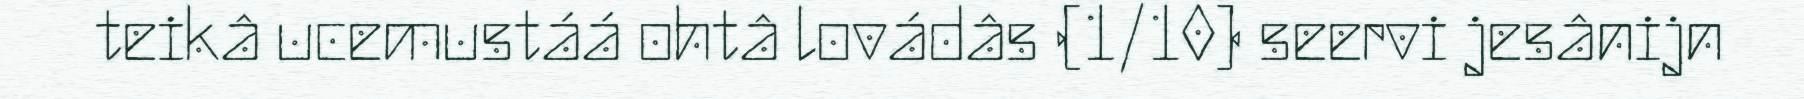
teikâ ucemustáá ohtâ lovádâs (1/10) seervi jesânijn